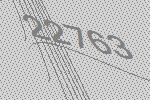
22763